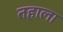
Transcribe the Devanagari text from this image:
तहाला